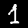
Digit: 1